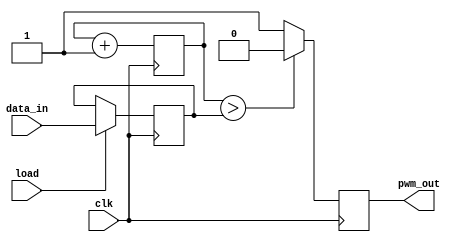
module pwm (clk, data_in, load, pwm_out);
	
	input clk, load;
	input [9:0] data_in;
	output pwm_out;
	
	reg[9:0] d;
	reg[9:0] count;
	reg pwm_out;
	
	
	//PWM is zero by default, with load not asserted
	always@(posedge clk)
		if (load == 1'b1) d <= data_in;
		
	initial count = 10'd0;
	

	//Increments count till it reached data_in, and then sets PWM to zero, for one clock cycle
	always@(posedge clk)
		begin
			count <=  count + 1'b1;
			if (count > d) pwm_out <= 1'b0;
			else pwm_out <= 1'b1;
		end
endmodule